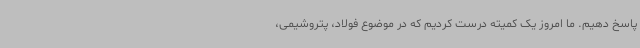
پاسخ دهیم. ما امروز یک کمیته درست کردیم که در موضوع فولاد، پتروشیمی،